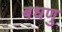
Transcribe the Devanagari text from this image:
बधणु